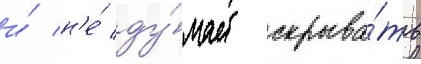
и́ н'е́ ду́мает скрыва́ть